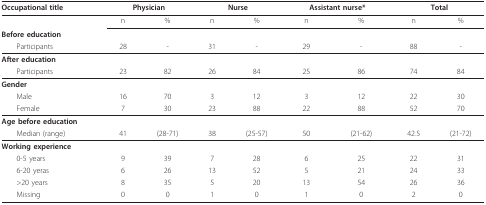
<table><thead><tr><td><b>Occupational title</b></td><td colspan="2"><b>Physician</b></td><td colspan="2"><b>Nurse</b></td><td colspan="2"><b>Assistant nurse*</b></td><td colspan="2"><b>Total</b></td></tr></thead><tbody><tr><td></td><td>n</td><td>%</td><td>n</td><td>%</td><td>n</td><td>%</td><td>n</td><td>%</td></tr><tr><td><b>Before education</b></td><td></td><td></td><td></td><td></td><td></td><td></td><td></td><td></td></tr><tr><td> Participants</td><td>28</td><td>-</td><td>31</td><td>-</td><td>29</td><td>-</td><td>88</td><td>-</td></tr><tr><td><b>After education</b></td><td></td><td></td><td></td><td></td><td></td><td></td><td></td><td></td></tr><tr><td> Participants</td><td>23</td><td>82</td><td>26</td><td>84</td><td>25</td><td>86</td><td>74</td><td>84</td></tr><tr><td><b>Gender</b></td><td></td><td></td><td></td><td></td><td></td><td></td><td></td><td></td></tr><tr><td> Male</td><td>16</td><td>70</td><td>3</td><td>12</td><td>3</td><td>12</td><td>22</td><td>30</td></tr><tr><td> Female</td><td>7</td><td>30</td><td>23</td><td>88</td><td>22</td><td>88</td><td>52</td><td>70</td></tr><tr><td><b>Age before education</b></td><td></td><td></td><td></td><td></td><td></td><td></td><td></td><td></td></tr><tr><td> Median (range)</td><td>41</td><td>(28-71)</td><td>38</td><td>(25-57)</td><td>50</td><td>(21-62)</td><td>42.5</td><td>(21-72)</td></tr><tr><td><b>Working experience</b></td><td></td><td></td><td></td><td></td><td></td><td></td><td></td><td></td></tr><tr><td> 0-5 years</td><td>9</td><td>39</td><td>7</td><td>28</td><td>6</td><td>25</td><td>22</td><td>31</td></tr><tr><td> 6-20 yeras</td><td>6</td><td>26</td><td>13</td><td>52</td><td>5</td><td>21</td><td>24</td><td>33</td></tr><tr><td> &gt;20 years</td><td>8</td><td>35</td><td>5</td><td>20</td><td>13</td><td>54</td><td>26</td><td>36</td></tr><tr><td> Missing</td><td>0</td><td>0</td><td>1</td><td>0</td><td>1</td><td>0</td><td>2</td><td>0</td></tr></tbody></table>